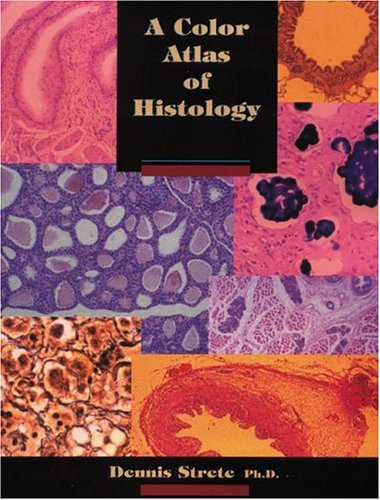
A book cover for A Color Atlas of Histology; Dennis Strete; Medical Books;